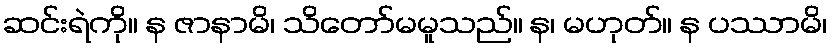
ဆင်းရဲကို။ န ဇာနာမိ၊ သိတော်မမူသည်။ န၊ မဟုတ်။ န ပဿာမိ၊